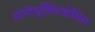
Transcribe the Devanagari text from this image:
मोनोंयुक्लिओसिस